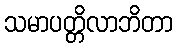
သမာပတ္တိလာဘိတာ